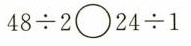
$$4 8 \div 2 \circ 2 4 \div 1$$